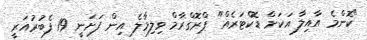
"ކޮންމެ އާއިލާ އަކަށް ޑޮކްޓަރެއް" ޕްރޮގްރާމް ވިލިމާލެ އިން ފަށަނީ 19 ފެބުރުއަރީ